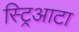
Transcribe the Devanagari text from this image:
स्ट्रिआटा